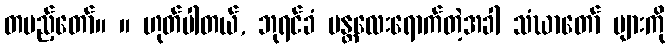
တပည့်တော်။ ။ ဟုတ်ပါတယ်, ဘုရင်ခံ မန္တလေးရောက်တဲ့အခါ သံဃာတော် များကို